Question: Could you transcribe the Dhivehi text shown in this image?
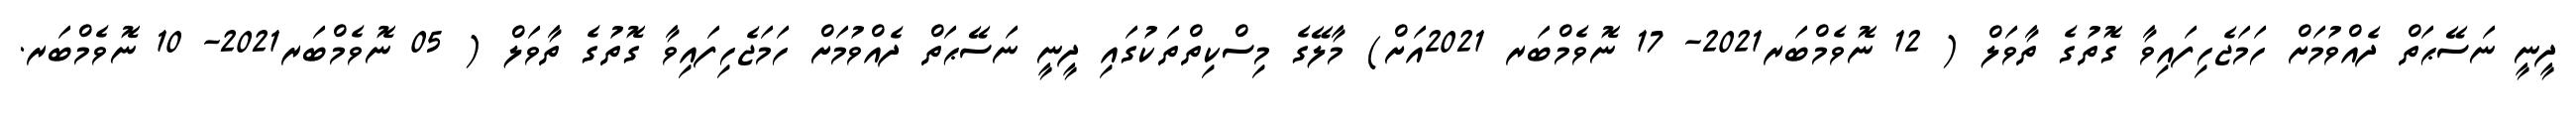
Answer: ދީނީ ނަސޭޙަތް ދެއްވުމަށް ހަމަޖެހިފައިވާ ގޮތުގެ ތާވަލް ( 12 ނޮވެމްބަރ2021- 17 ނޮވެމްބަރ 2021އަށް) މާލޭގެ މިސްކިތްތަކުގައި ދީނީ ނަސޭޙަތް ދެއްވުމަށް ހަމަޖެހިފައިވާ ގޮތުގެ ތާވަލް ( 05 ނޮވެމްބަރ2021- 10 ނޮވެމްބަރ.